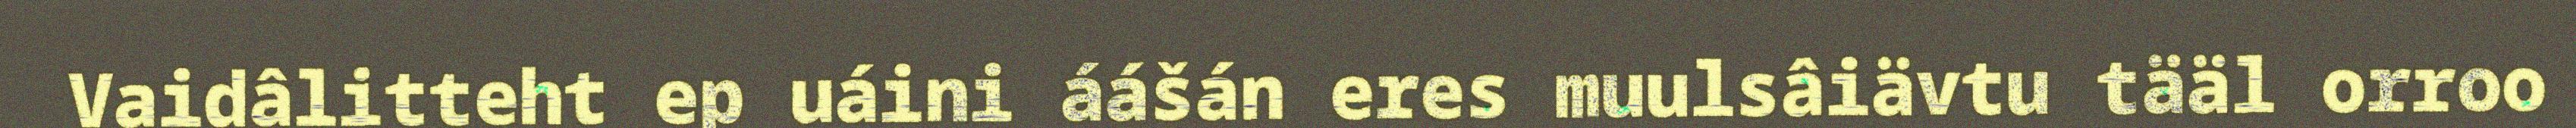
Vaidâlitteht ep uáini áášán eres muulsâiävtu tääl orroo